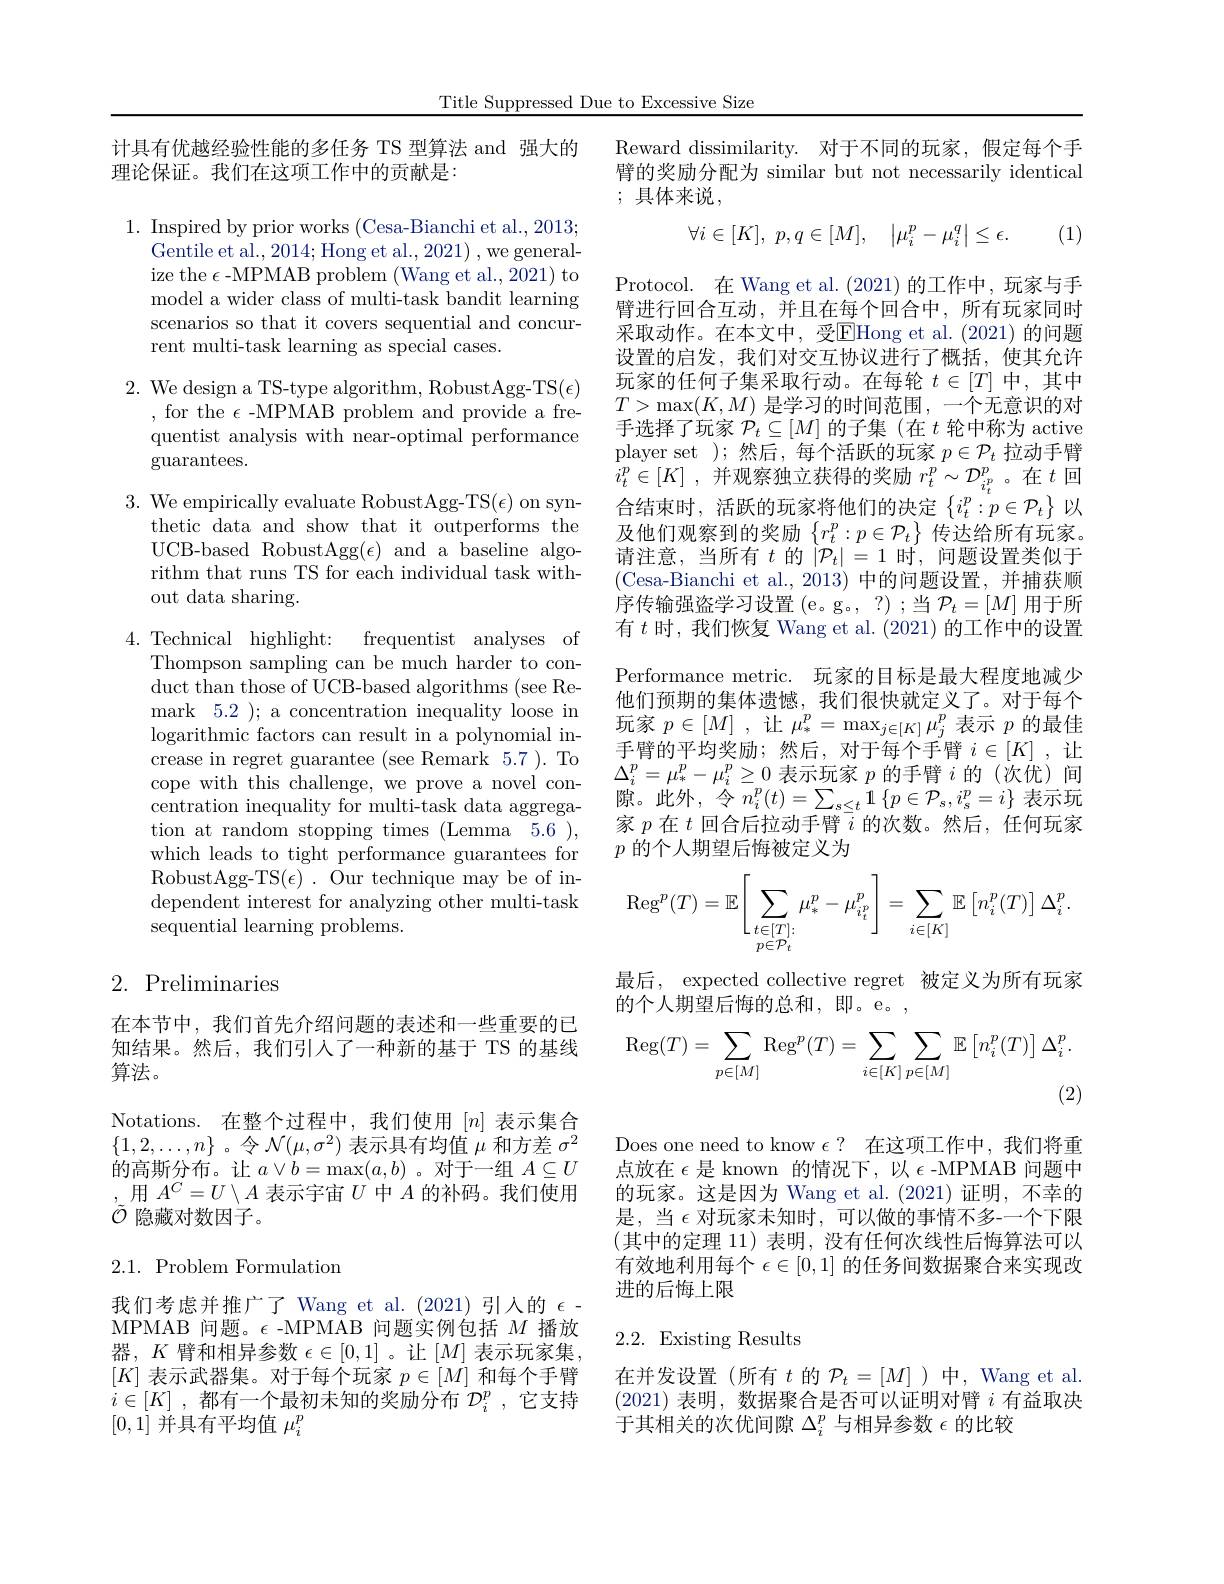
Title Suppressed Due to Excessive Size

计具有优越经验性能的多任务 TS 型算法 and 强大的
理论保证。我们在这项工作中的贡献是：

1. Inspired by prior works (Cesa-Bianchi et al., 2013)
Gentile et al., 2014; Hong et al., 2021) , we generalize the $\epsilon$ -MPMAB problem (Wang et al., 2021) to model a wider class of multi-task bandit learning scenarios so that it covers sequential and concurrent multi-task learning as special cases.

2. We design a TS-type algorithm, RobustAgg-TS($\epsilon)$
, for the $\epsilon$ -MPMAB problem and provide a frequentist analysis with near-optimal performance guarantees.

3. We empirically evaluate RobustAgg-TS($\epsilon)$ on syn-
thetic data and show that it outperforms the UCB-based RobustAgg$(\epsilon)$ and a baseline algorithm that runs TS for each individual task without data sharing.

4. Technical highlight: frequentist analyses of
Thompson sampling can be much harder to conduct than those of UCB-based algorithms (see Remark 5.2 ); a concentration inequality loose in logarithmic factors can result in a polynomial increase in regret guarantee (see Remark 5.7 ). To cope with this challenge, we prove a novel concentration inequality for multi-task data aggregation at random stopping times (Lemma 5.6), which leads to tight performance guarantees for RobustAgg-TS$(\epsilon).$ Our technique may be of independent interest for analyzing other multi-task sequential learning problems.

## 2. Preliminaries

在本节中，我们首先介绍问题的表述和一些重要的已知结果。然后，我们引人了一种新的基于 TS 的基线算法。

Notations.在整个过程中，我们使用$[n]$表示集合$\{1,2,\ldots,n\}$ 。令$\mathcal{N}(\mu,\sigma^{2})$表示具有均值$\mu$和方差$\sigma^2$ 的高斯分布。让$a\lor b=\max(a,b)$ 。对于一组$A\subseteq U$ ,用$A^C=U\setminus A$表示宇宙$U$中$A$的补码。我们使用$\tilde{\mathcal{O}}$隐藏对数因子。

$2.1.{\mathrm{~Problem~Formulation}}$

我们考虑并推广了 Wang et al.(2021)引人的$\epsilon$ MPMAB 问题。$\epsilon$ -MPMAB 问题实例包括$M$播放器，$K$臂和相异参数$\epsilon\in[0,1]$ 。让$[M]$表示玩家集， $[K]$表示武器集。对于每个玩家$p\in[M]$和每个手臂$i\in [ K]$ ,都有一个最初末知的奖励分布 $\mathcal{D}_i^p$ ,它支持[0,1]并具有平均值$\mu_i^p$

Reward dissimilarity. 对于不同的玩家，假定每个手臂的奖励分配为 similar but not necessarily identical ; 具体来说，

(1)
$$\forall i\in[K],\:p,q\in[M],\quad\left|\mu_i^p-\mu_i^q\right|\leq\epsilon.$$
Protocol. 在 Wang et al. (2021)的工作中，玩家与手臂进行回合互动，并且在每个回合中，所有玩家同时采取动作。在本文中，受$\overline{\mathrm{EHong~et~al.~(2021)~}}$的问题设置的启发，我们对交互协议进行了概括，使其允许玩家的任何子集采取行动。在每轮$t\in[T]$中，其中$T>\max(K,M)$是学习的时间范围，一个无意识的对手选择了玩家$\mathcal{P}_t\subseteq[M]$的子集 (在$t$轮中称为 active player set );然后，每个活跃的玩家 $p\in\mathcal{P}_t$ 拉动手臂$i_{t}^{p}\in [ K]$ ,并观察独立获得的奖励 $r_t^p\sim\mathcal{D}_{i_{t}^{p}}^{p}$。在$t$ 回合结束时，活跃的玩家将他们的决定$\left\{i_t^p:p\in\mathcal{P}_t\right\}$以及他们观察到的奖励$\left\{r_t^p:p\in\mathcal{P}_t\right\}$传达给所有玩家。请注意，当所有$t$的$|\mathcal{P}_t|=1$时，问题设置类似于(Cesa-Bianchi et al.,2013)中的问题设置，并捕获顺序传输强盗学习设置(e。g。,?);当$\mathcal{P}_t=[M]$ 用于所有$t$时，我们恢复 Wang et al. (2021) 的工作中的设置Performance metric. 玩家的目标是最大程度地减少他们预期的集体遗憾，我们很快就定义了。对于每个玩家$p\in[M]$ ,让$\mu_*^p=\max_{j\in[K]}\mu_j^p$表示$p$的最佳手臂的平均奖励；然后，对于每个手臂$i\in[K]$ ,让$\Delta_{i}^{p}=\mu_{*}^{p}-\mu_{i}^{p}\geq0$表示玩家$p$的手臂$i$的(次优)间隙。此外，令 $n_i^p(t)=\sum_{s\leq t}1\left\{p\in\mathcal{P}_{s},i_{s}^{p}=i\right\}$表示玩家$p$在$t$回合后拉动手臂$\overline i$的次数。然后，任何玩家$p$的个人期望后悔被定义为
$$\mathrm{Reg}^p(T)=\mathbb{E}\Bigg[\sum\limits_{\substack{t\in[T]:\\p\in\mathcal{P}_t}}\mu_*^p-\mu_{i_t^p}^p\Bigg]=\sum\limits_{i\in[K]}\mathbb{E}\left[n_i^p(T)\right]\Delta_i^p.$$
最后，expected collective regret 被定义为所有玩家
的个人期望后悔的总和，即。e。,
$$\operatorname{Reg}(T)=\sum\limits_{p\in[M]}\operatorname{Reg}^p(T)=\sum\limits_{i\in[K]}\sum\limits_{p\in[M]}\mathbb{E}\left[n_i^p(T)\right]\Delta_i^p.$$
(2)

Does one need to know $\epsilon?$在这项工作中，我们将重点放在$\epsilon$是 known 的情况下，以$\epsilon$ -MPMAB 问题中的玩家。这是因为 Wang et al.(2021)证明，不幸的是，当$\epsilon$对玩家未知时，可以做的事情不多-一个下限(其中的定理 11)表明，没有任何次线性后悔算法可以有效地利用每个$\epsilon\in[0,1]$的任务间数据聚合来实现改进的后悔上限

# 2.2. Existing Results

在并发设置(所有$t$的$\mathcal{P}_t=[M]$ )中，Wang et al. (2021)表明，数据聚合是否可以证明对臂$i$有益取决于其相关的次优间隙$\Delta_i^p$与相异参数$\epsilon$的比较